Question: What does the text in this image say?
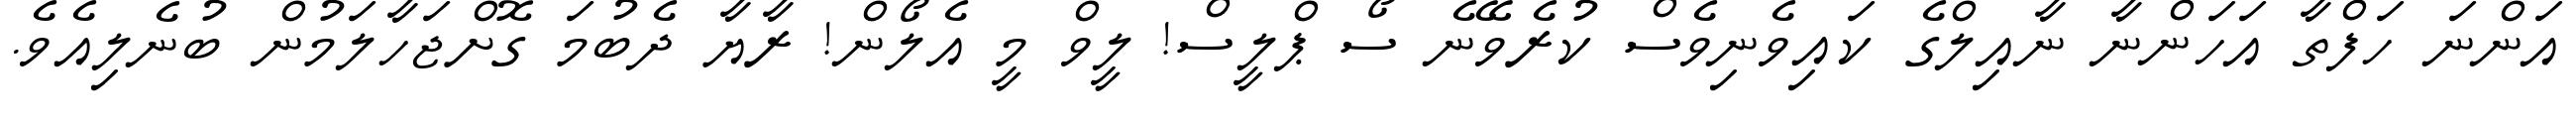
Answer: އަންނަ ހަފްތާ އަހަންނާ ނާއިލްގެ ކައިވެނިވެސް ކުރެވޭނެ ސޯ ޕްލީސް! ލީވް މީ އެލޯން! ރާޔާ ދެބުމަ ގޮށްޖަހާލަމުން ބުނެލިއެވެ.